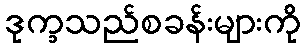
ဒုက္ခသည်စခန်းများကို